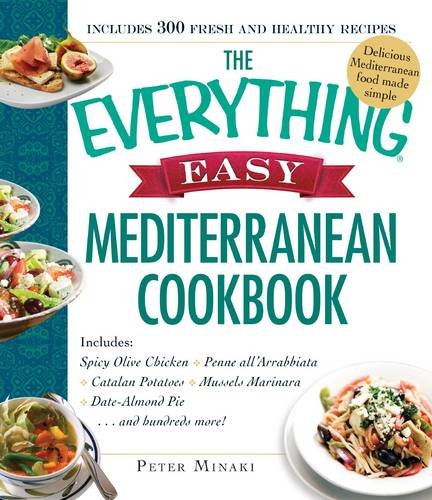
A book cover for The Everything Easy Mediterranean Cookbook: Includes Spicy Olive Chicken, Penne all'Arrabbiata, Catalan Potatoes, Mussels Marinara, Date-Almond Pie...and Hundreds More!; Peter Minaki; Cookbooks, Food & Wine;